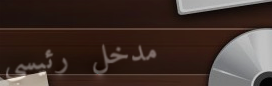
مدخل رئيسي